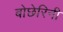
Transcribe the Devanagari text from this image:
बोछेरिनी